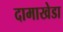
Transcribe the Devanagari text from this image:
दामाखेडा